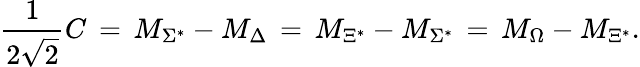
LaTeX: \frac{1}{2\sqrt{2}}C\, =\, M_{{\Sigma}^{*}}-M_{\Delta}\, =\, M_{{\Xi}^{*}}-M_{{\Sigma}^{*}}\, =\, M_{\Omega}-M_{{\Xi}^{*}}.